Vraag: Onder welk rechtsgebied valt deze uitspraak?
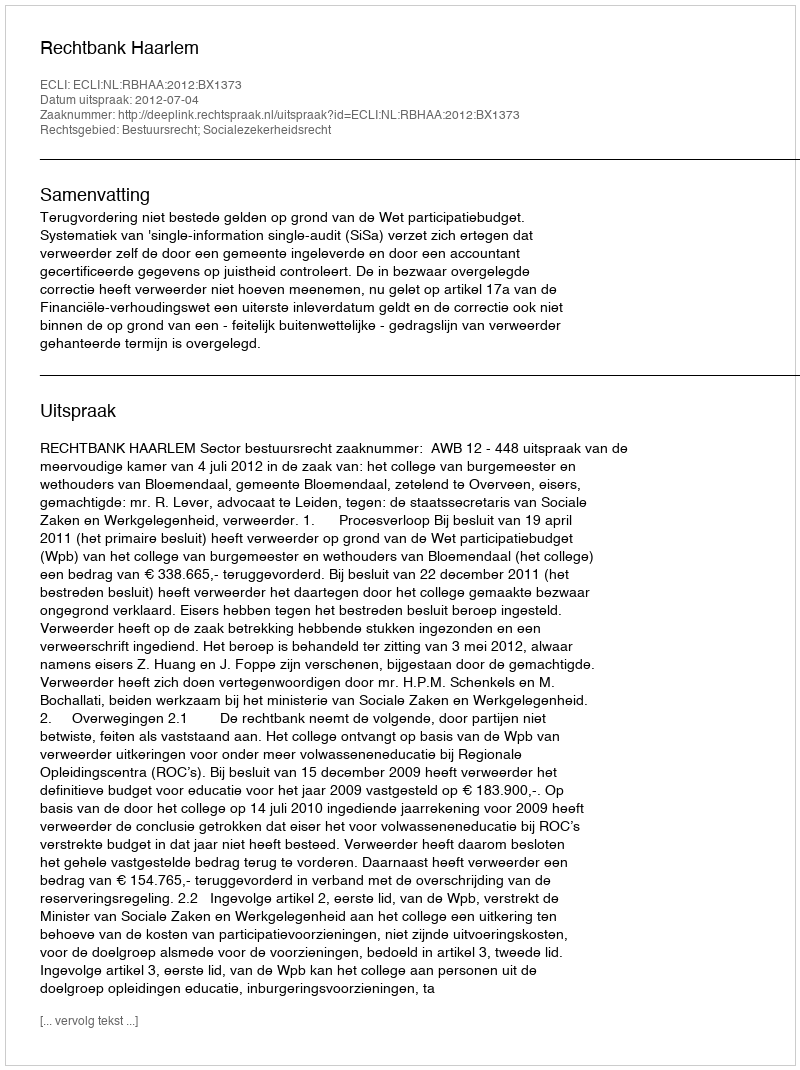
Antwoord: Bestuursrecht; Socialezekerheidsrecht